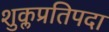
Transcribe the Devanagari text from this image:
शुक्लप्रतिपदा